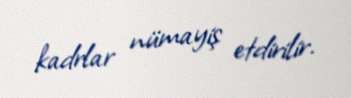
kadrlar nümayiş etdirilir.